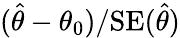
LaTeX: ({\hat{\theta}}-\theta_{0})/\mathrm{{SE}}({\hat{\theta}})